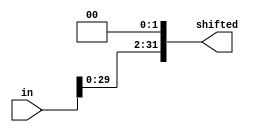
//Shifter module
`timescale 1ns/1ps

module shifter(
    input [31:0] in,
    output [31:0] shifted
    );

    assign shifted = in << 2;

endmodule

//testbench

// `timescale 1ns/1ps

// module shifter_tb;

//     reg [31:0] in;
//     wire [31:0] shifted;

//     shifter shifter_inst(
//         .in(in),
//         .shifted(shifted)
//     );

//     initial begin
//         $dumpfile("shifter_tb.vcd");
//         $dumpvars(0, shifter_tb);

//         in = 32'h00000001;
//         #10;
//         in = 32'h00000002;
//         #10;
//         $finish;
//     end
//     endmodule